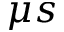
\mu s